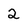
Character: 2